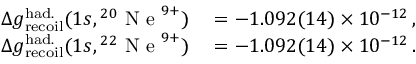
\begin{array} { r l } { \Delta g _ { \mathrm { r e c o i l } } ^ { \mathrm { h a d . } } ( 1 s , { } ^ { 2 0 } \mathrm { ~ N ~ e ~ } ^ { 9 + } ) } & { { } = - 1 . 0 9 2 ( 1 4 ) \times 1 0 ^ { - 1 2 } \, , } \\ { \Delta g _ { \mathrm { r e c o i l } } ^ { \mathrm { h a d . } } ( 1 s , { } ^ { 2 2 } \mathrm { ~ N ~ e ~ } ^ { 9 + } ) } & { { } = - 1 . 0 9 2 ( 1 4 ) \times 1 0 ^ { - 1 2 } \, . } \end{array}